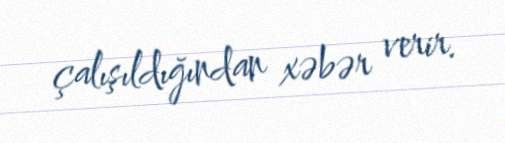
çalışıldığından xəbər verir.